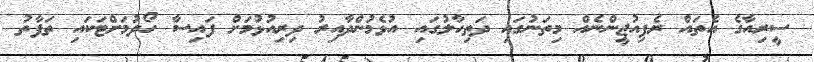
ސީރިއާގެ އެތައް ރެފިއުޖީންނެއް މިތަނުގައި ދަތިހާލުގައި އުޅެމުންދާއިރު ދިރިއުޅުމަށް ފައިސާ ހޯދުމަށްޓަކައި ތަފާތު